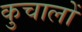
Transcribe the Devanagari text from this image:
कुचालों